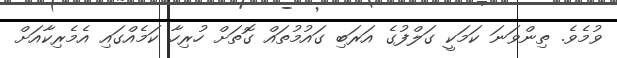
ވުމެވެ. ތިންވަނަ ކަމަކީ ގަލްފުގެ އަރަބި ގައުމުތައް ގޮތަށް ހުރިހާ ކަމެއްގައި އެމެރިކާއަށް